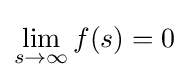
\lim _{s\to \infty }f(s)=0